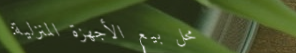
محل بيع الأجهزة المنزلية: